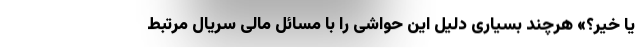
یا خیر؟» هرچند بسیاری دلیل این حواشی را با مسائل مالی سریال مرتبط